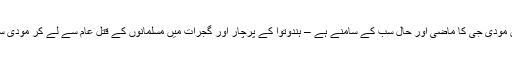
خوجی کے پس منظر سے متعلق رتن ناتھ سرشار نے کچھ زیادہ نہیں لکھا لیکن مودی جی کا ماضی اور حال سب کے سامنے ہے – ہندوتوا کے پرچار اور گجرات میں مسلمانوں کے قتلِ عام سے لے کر مودی سرکار تک، ان کی حرکات و سکنات اور چال چلن، سب سے ایک دنیا واقف ہے۔